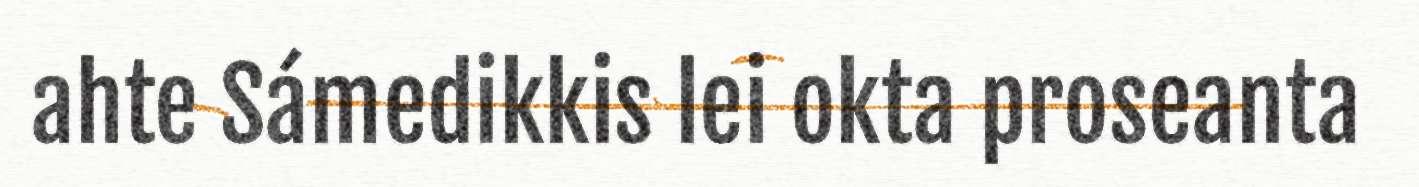
ahte Sámedikkis lei okta proseanta